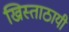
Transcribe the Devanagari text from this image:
ख्रिस्ताठायी